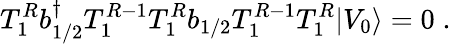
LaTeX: T_{1}^{R}b{^\dagger_{1/2}}T_{1}^{R-1}T_{1}^{R}b_{1/2}T_{1}^{R-1}T_{1}^{R}\vert V_{0}\rangle=0\; .